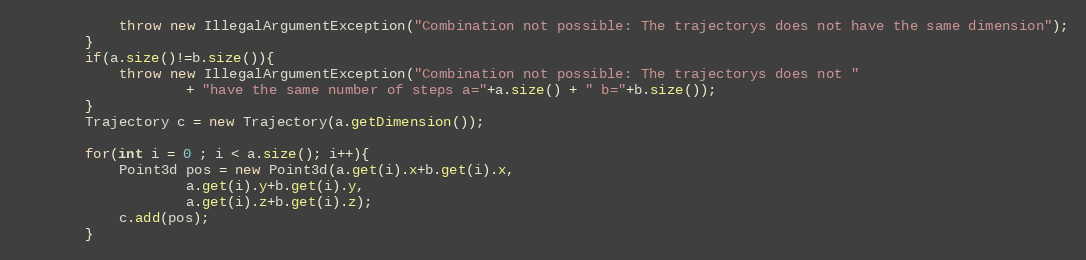
Language: Java
			throw new IllegalArgumentException("Combination not possible: The trajectorys does not have the same dimension");
		}
		if(a.size()!=b.size()){
			throw new IllegalArgumentException("Combination not possible: The trajectorys does not "
					+ "have the same number of steps a="+a.size() + " b="+b.size());
		}
		Trajectory c = new Trajectory(a.getDimension());

		for(int i = 0 ; i < a.size(); i++){
			Point3d pos = new Point3d(a.get(i).x+b.get(i).x,
					a.get(i).y+b.get(i).y,
					a.get(i).z+b.get(i).z);
			c.add(pos);
		}